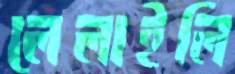
লেলাইলি